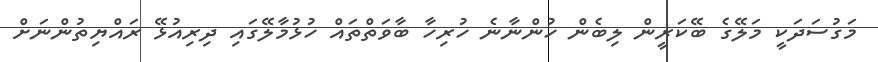
މަގުސަދަކީ މަލޭގެ ބޭކަރީން ލިބެން ހުންނާނެ ހުރިހާ ބާވަތްތައް ހުޅުމާލޭގައި ދިރިއުޅޭ ރައްޔިތުންނަށް